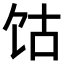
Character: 𫗡